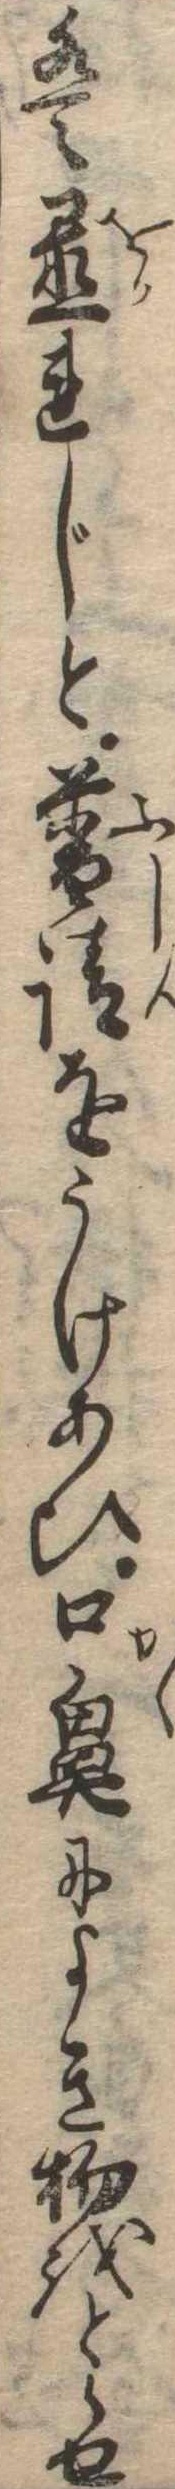
は置れじと普請をうけあひ口鼻によき物をとらせ